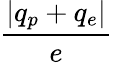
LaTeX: \frac{\left|q_{p}+q_{e}\right|}{e}